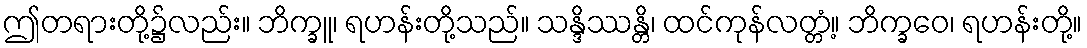
ဤတရားတို့၌လည်း။ ဘိက္ခူ၊ ရဟန်းတို့သည်။ သန္ဒိဿန္တိ၊ ထင်ကုန်လတ္တံ့။ ဘိက္ခဝေ၊ ရဟန်းတို့။